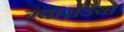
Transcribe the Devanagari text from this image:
ग्वारडिया